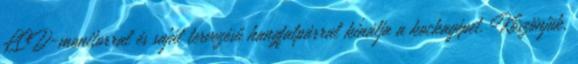
LCD-monitorral és saját tervezésű hangfalpárral kínálja a kockagépet. Köszönjük,